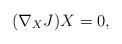
LaTeX: \begin{align*}(\nabla_X J)X=0,\end{align*}